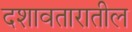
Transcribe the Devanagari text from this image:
दशावतारातील